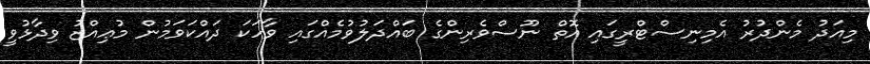
މިއަދު މެންދުރު އެމިނިސްޓްރީގައި އޮތް ނޫސްވެރިންގެ ބައްދަލުވުމެއްގައި ވާހަކަ ދައްކަވަމުން މުޢިއްޒު ވިދާޅުވީ